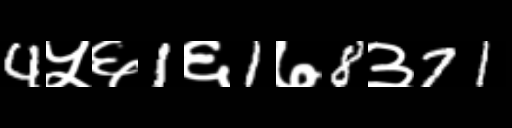
Text: 4५६1६1७8३71